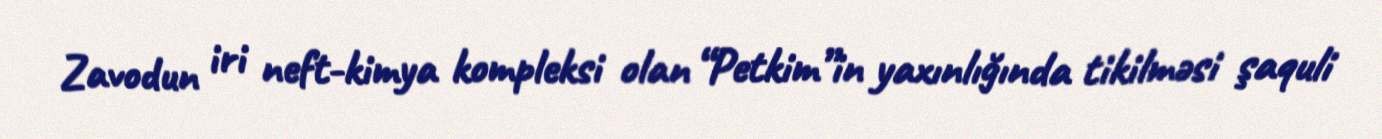
Zavodun iri neft-kimya kompleksi olan “Petkim”in yaxınlığında tikilməsi şaquli